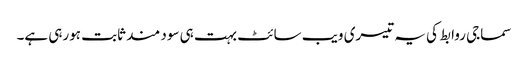
سماجی روابط کی یہ تیسری ویب سائٹ بہت ہی سود مند ثابت ہورہی ہے۔